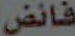
فائض